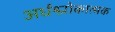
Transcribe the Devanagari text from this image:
अर्धश्लोकात्मक